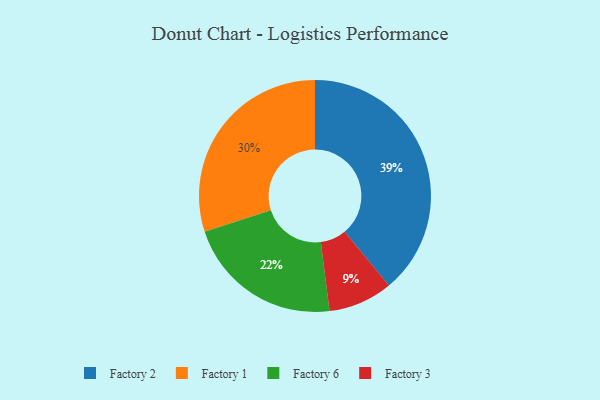
{"axis": {"x": "Category", "y": "Percentage"}, "legend": ["Factory 1", "Factory 2", "Factory 3", "Factory 6"], "data": [{"x": "Factory 3", "y": 9, "type": "Factory 3"}, {"x": "Factory 1", "y": 30, "type": "Factory 1"}, {"x": "Factory 2", "y": 39, "type": "Factory 2"}, {"x": "Factory 6", "y": 22, "type": "Factory 6"}]}